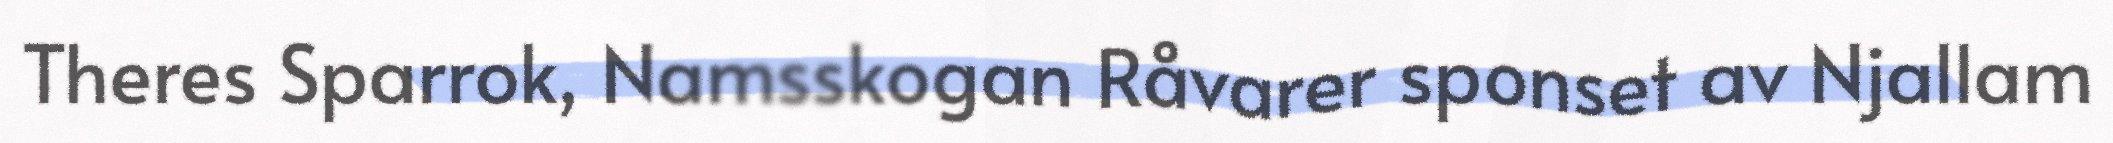
Theres Sparrok, Namsskogan Råvarer sponset av Njallam